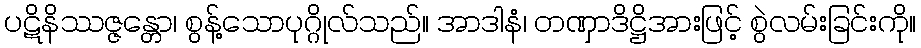
ပဋိနိဿဇ္ဇန္တော၊ စွန့်သောပုဂ္ဂိုလ်သည်။ အာဒါနံ၊ တဏှာဒိဋ္ဌိအားဖြင့် စွဲလမ်းခြင်းကို။